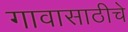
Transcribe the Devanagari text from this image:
गावासाठीचे